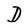
Character: D